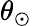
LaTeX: \theta_{\odot}